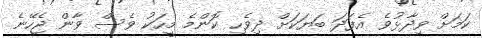
ކަމަށް ވިދާޅުވެ އެފަދަ ބަޔަކަށް ދިވެހި ކޮންމެ މީހަކު ވެސް ވާން ޖެހޭނެ